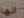
انها